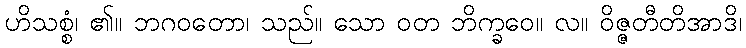
ဟိသစ္စံ၊ ၏။ ဘဂဝတော၊ သည်။ သော ဝတ ဘိက္ခဝေ။ လ။ ဝိဇ္ဇတီတိအာဒိ၊